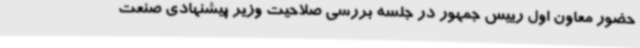
حضور معاون اول رییس جمهور در جلسه بررسی صلاحیت وزیر پیشنهادی صنعت